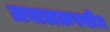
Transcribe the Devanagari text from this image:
ज़वालक़रनीन